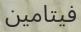
فيتامين